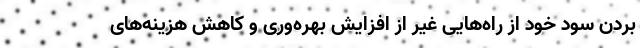
بردن سود خود از راه‌هایی غیر ‌از افزایش بهره‌وری و کاهش هزینه‌های